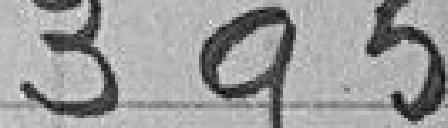
395